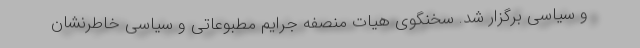
و سیاسی برگزار شد. سخنگوی هیات منصفه جرایم مطبوعاتی و سیاسی خاطرنشان